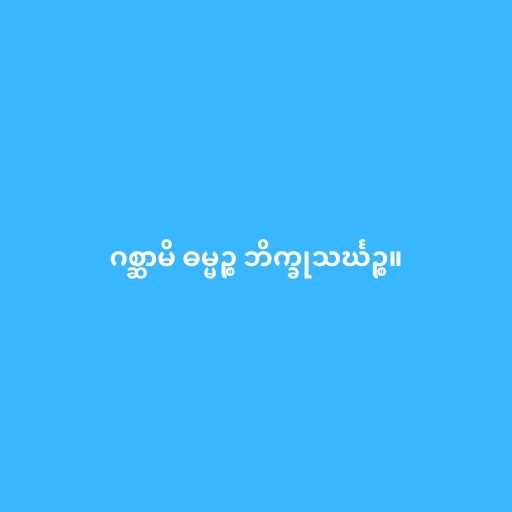
ဂစ္ဆာမိ ဓမ္မဉ္စ ဘိက္ခုသင်္ဃဉ္စ။